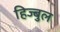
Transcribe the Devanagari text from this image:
हिज्बुल